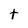
Character: t